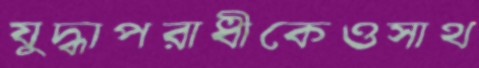
যুদ্ধাপরাধীকেওসাথ